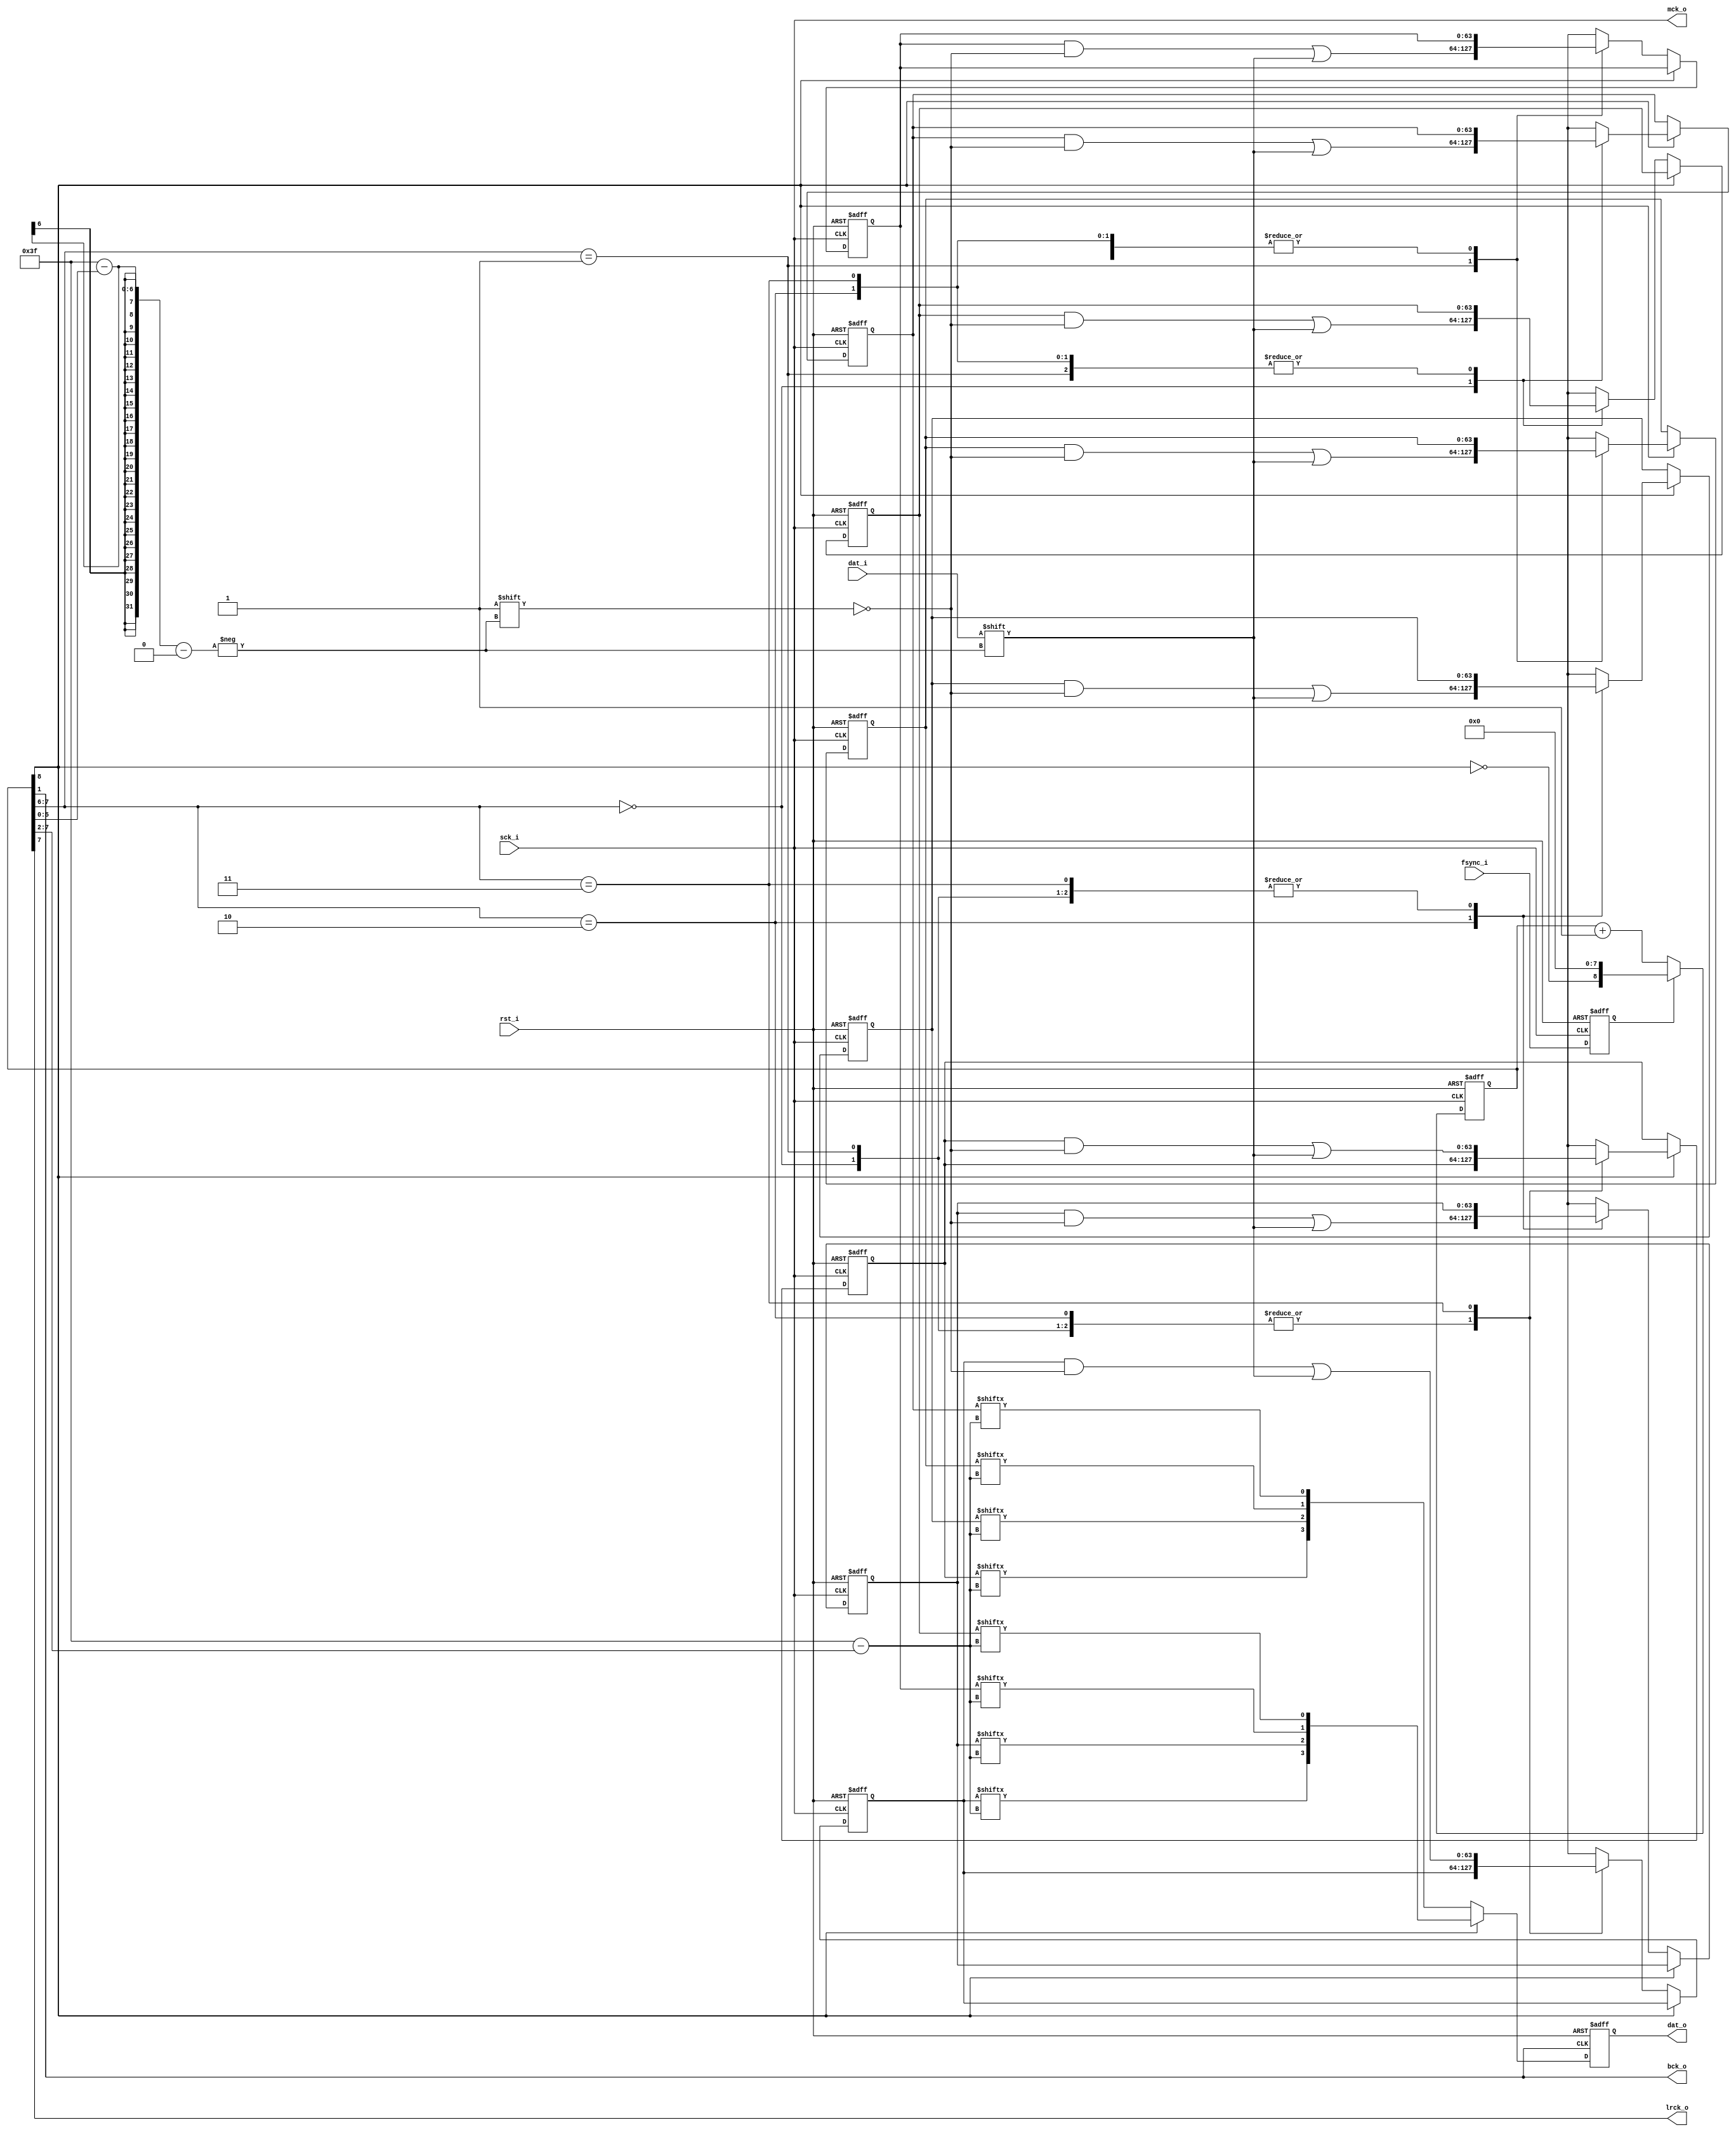
//----------------------------------------------------------------------------
// Copyright (C) 2014 , Atsushi Sasaki
//
// Redistribution and use in source and binary forms, with or without
// modification, are permitted provided that the following conditions
// are met:
//     * Redistributions of source code must retain the above copyright
//       notice, this list of conditions and the following disclaimer.
//     * Redistributions in binary form must reproduce the above copyright
//       notice, this list of conditions and the following disclaimer in the
//       documentation and/or other materials provided with the distribution.
//     * Neither the name of the authors nor the names of its contributors
//       may be used to endorse or promote products derived from this software
//       without specific prior written permission.
//
// THIS SOFTWARE IS PROVIDED BY THE COPYRIGHT HOLDERS AND CONTRIBUTORS "AS IS"
// AND ANY EXPRESS OR IMPLIED WARRANTIES, INCLUDING, BUT NOT LIMITED TO, THE
// IMPLIED WARRANTIES OF MERCHANTABILITY AND FITNESS FOR A PARTICULAR PURPOSE
// ARE DISCLAIMED. IN NO EVENT SHALL THE COPYRIGHT HOLDER OR CONTRIBUTORS BE
// LIABLE FOR ANY DIRECT, INDIRECT, INCIDENTAL, SPECIAL, EXEMPLARY,
// OR CONSEQUENTIAL DAMAGES (INCLUDING, BUT NOT LIMITED TO, PROCUREMENT OF
// SUBSTITUTE GOODS OR SERVICES; LOSS OF USE, DATA, OR PROFITS; OR BUSINESS
// INTERRUPTION) HOWEVER CAUSED AND ON ANY THEORY OF LIABILITY, WHETHER IN
// CONTRACT, STRICT LIABILITY, OR TORT (INCLUDING NEGLIGENCE OR OTHERWISE)
// ARISING IN ANY WAY OUT OF THE USE OF THIS SOFTWARE, EVEN IF ADVISED OF
// THE POSSIBILITY OF SUCH DAMAGE
//
//----------------------------------------------------------------------------
//
// *File Name: tdm_to_i2s_converter.v
// 
// *Module Description:
//                       TDM to I2S Converter
//
// *Author(s):
//              - Atsushi Sasaki,    atsushi.sasaki@aselectroworks.com
//
//----------------------------------------------------------------------------
// $Rev: 1.00 $
// $LastChangedBy: Atsushi Sasaki $
// $LastChangedDate: 2014-06-06 $
//----------------------------------------------------------------------------

module tdm_to_i2s_converter(
	rst_i, 
	sck_i, 
	fsync_i, 
	dat_i, 
	mck_o, 
	bck_o, 
	lrck_o, 
	dat_o 
);

//
// Parameters
//

//
// I/O Ports
//
	input rst_i;
	input sck_i;
	input fsync_i;
	input dat_i;
	output mck_o;
	output bck_o;
	output lrck_o;
	output reg [3:0] dat_o;
	
//
// Wires, Registers
//
	assign rst = rst_i;
	
//
// Modules
//
	// Shifted Frame Sync
	reg s_fsync;
	
	always @ (posedge sck_i or posedge rst) begin
		if(rst) begin
			s_fsync <= 1'b0;
		end
		else begin
			s_fsync <= fsync_i;
		end
	end
	// Bit Counter
	reg [8:0] bit_cnt;
	always @ (negedge sck_i or posedge rst) begin
		if(rst) begin
			bit_cnt <= 9'b111111111;
		end
		else begin
			if(s_fsync) begin
				bit_cnt <= {~bit_cnt[8], 8'b0};
			end
			else begin
				bit_cnt <= bit_cnt + 1'b1;
			end
		end
	end
	// Input Data Assign
	reg [63:0] dat_0_a, dat_0_b;
	reg [63:0] dat_1_a, dat_1_b;
	reg [63:0] dat_2_a, dat_2_b;
	reg [63:0] dat_3_a, dat_3_b;
	always @ (posedge sck_i or posedge rst) begin
		if(rst) begin
			dat_0_a <= 64'b0;
			dat_1_a <= 64'b0;
			dat_2_a <= 64'b0;
			dat_3_a <= 64'b0;
			dat_0_b <= 64'b0;
			dat_1_b <= 64'b0;
			dat_2_b <= 64'b0;
			dat_3_b <= 64'b0;
		end
		else begin
			if(bit_cnt[8]) begin
				case(bit_cnt[7:6]) 
					2'b00: 
						begin
							dat_0_a[63-bit_cnt[5:0]] <= dat_i;
						end
					2'b01: 
						begin
							dat_1_a[63-bit_cnt[5:0]] <= dat_i;
						end
					2'b10: 
						begin
							dat_2_a[63-bit_cnt[5:0]] <= dat_i;
						end
					2'b11: 
						begin
							dat_3_a[63-bit_cnt[5:0]] <= dat_i;
						end
				endcase
			end
			else begin
				case(bit_cnt[7:6]) 
					2'b00: 
						begin
							dat_0_b[63-bit_cnt[5:0]] <= dat_i;
						end
					2'b01: 
						begin
							dat_1_b[63-bit_cnt[5:0]] <= dat_i;
						end
					2'b10: 
						begin
							dat_2_b[63-bit_cnt[5:0]] <= dat_i;
						end
					2'b11: 
						begin
							dat_3_b[63-bit_cnt[5:0]] <= dat_i;
						end
				endcase
			end
		end
	end
	
	// I2S Clock Generator
	assign mck_o = sck_i;
	assign bck_o = bit_cnt[1];
	assign lrck_o = bit_cnt[7];
	
	always @ (negedge bck_o or posedge rst) begin
		if(rst) begin
			dat_o <= 4'b0;
		end
		else begin
			if(bit_cnt[8]) begin
				dat_o <= {dat_3_b[63-bit_cnt[7:2]], dat_2_b[63-bit_cnt[7:2]], dat_1_b[63-bit_cnt[7:2]], dat_0_b[63-bit_cnt[7:2]]};
			end
			else begin
				dat_o <= {dat_3_a[63-bit_cnt[7:2]], dat_2_a[63-bit_cnt[7:2]], dat_1_a[63-bit_cnt[7:2]], dat_0_a[63-bit_cnt[7:2]]};
			end
		end
	end
	
endmodule